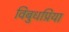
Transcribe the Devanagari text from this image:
विबुधप्रिया